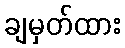
ချမှတ်ထား